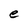
Character: e